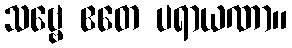
သဗ္ဗေ ဧတေ ပရာယဏာ။